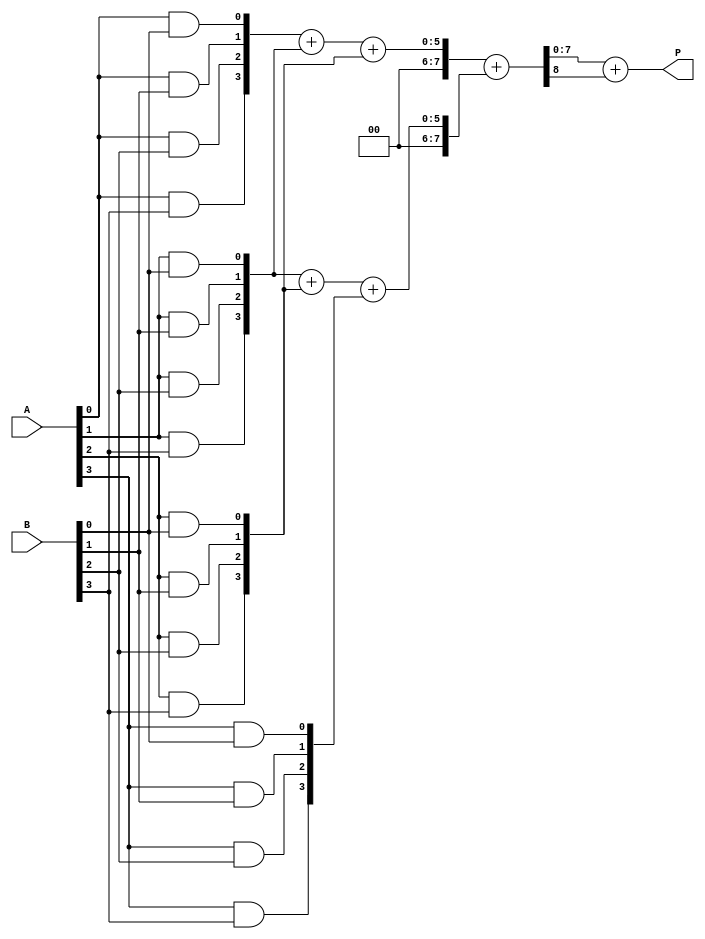
module wallace_tree_multiplier #(parameter N = 4) (
    input  [N-1:0] A, // Multiplicand A
    input  [N-1:0] B, // Multiplicand B
    output [2*N-1:0] P // Product P
);
    wire [N-1:0] pp [0:N-1]; // Partial Products
    wire [2*N-1:0] sum_stage1 [0:N]; // Stage 1 sums
    wire [2*N-1:0] carry_stage1 [0:N]; // Stage 1 carries
    wire [2*N-1:0] sum_stage2; // Final stage sum
    wire [2*N-1:0] carry_stage2; // Final stage carry
    wire [2*N-1:0] final_sum; // Final product

    // Generate Partial Products
    genvar i, j;
    generate
        for (i = 0; i < N; i = i + 1) begin
            for (j = 0; j < N; j = j + 1) begin
                assign pp[i][j] = A[i] & B[j]; // AND to generate partial products
            end
        end
    endgenerate

    // Stage 1: Reduction using Half Adders and Full Adders
    generate
        // Combining 3 bits using carry-save method (up to 3 partial products at a time)
        for (i = 0; i < N-1; i = i + 1) begin
            if (i < N-1) begin
                // Handle three bits for groups
                assign {carry_stage1[i], sum_stage1[i]} = pp[i] + pp[i+1] + pp[i+2];
            end else begin
                assign carry_stage1[i] = 0; // Last carry is zero
                assign sum_stage1[i] = pp[i]; // Last sum is just the partial product
            end
        end
    endgenerate

    // Stage 2: Final Carry Save Addition (adding sums and carry from stage 1)
    assign {carry_stage2, sum_stage2} = sum_stage1[0] + sum_stage1[1];

    // Final Addition of two sums (plus final carry)
    assign final_sum = sum_stage2 + carry_stage2;

    // Output Product
    assign P = final_sum;

endmodule